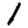
Digit: 1